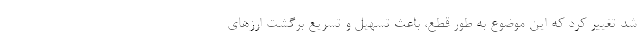
شد تغییر کرد که این موضوع به طور قطع، باعث تسهیل و تسریع برگشت ارزهای